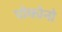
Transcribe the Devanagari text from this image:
पोकोनो